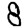
Digit: 8